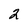
Character: 2